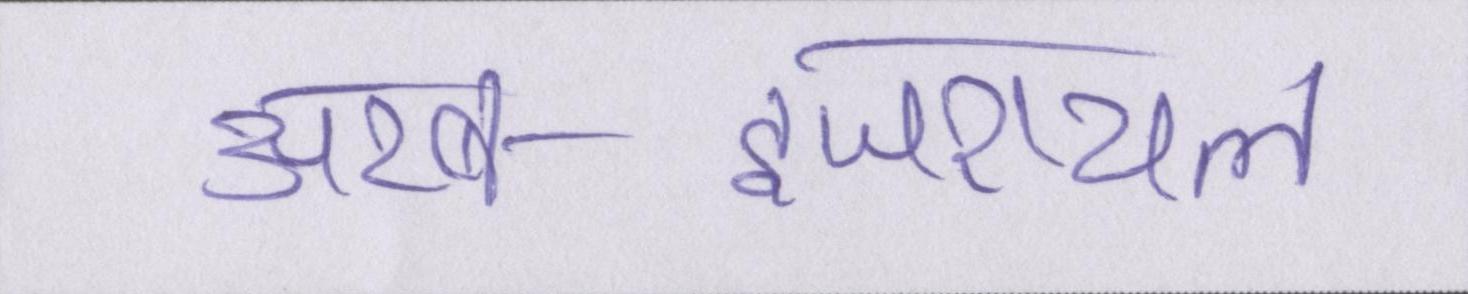
अरब-इजरायल